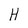
Character: H